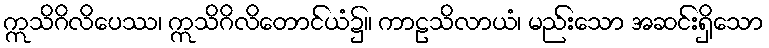
ဣသိဂိလိပေဿ၊ ဣသိဂိလိတောင်ယံ၌။ ကာဠသိလာယံ၊ မည်းသော အဆင်းရှိသော